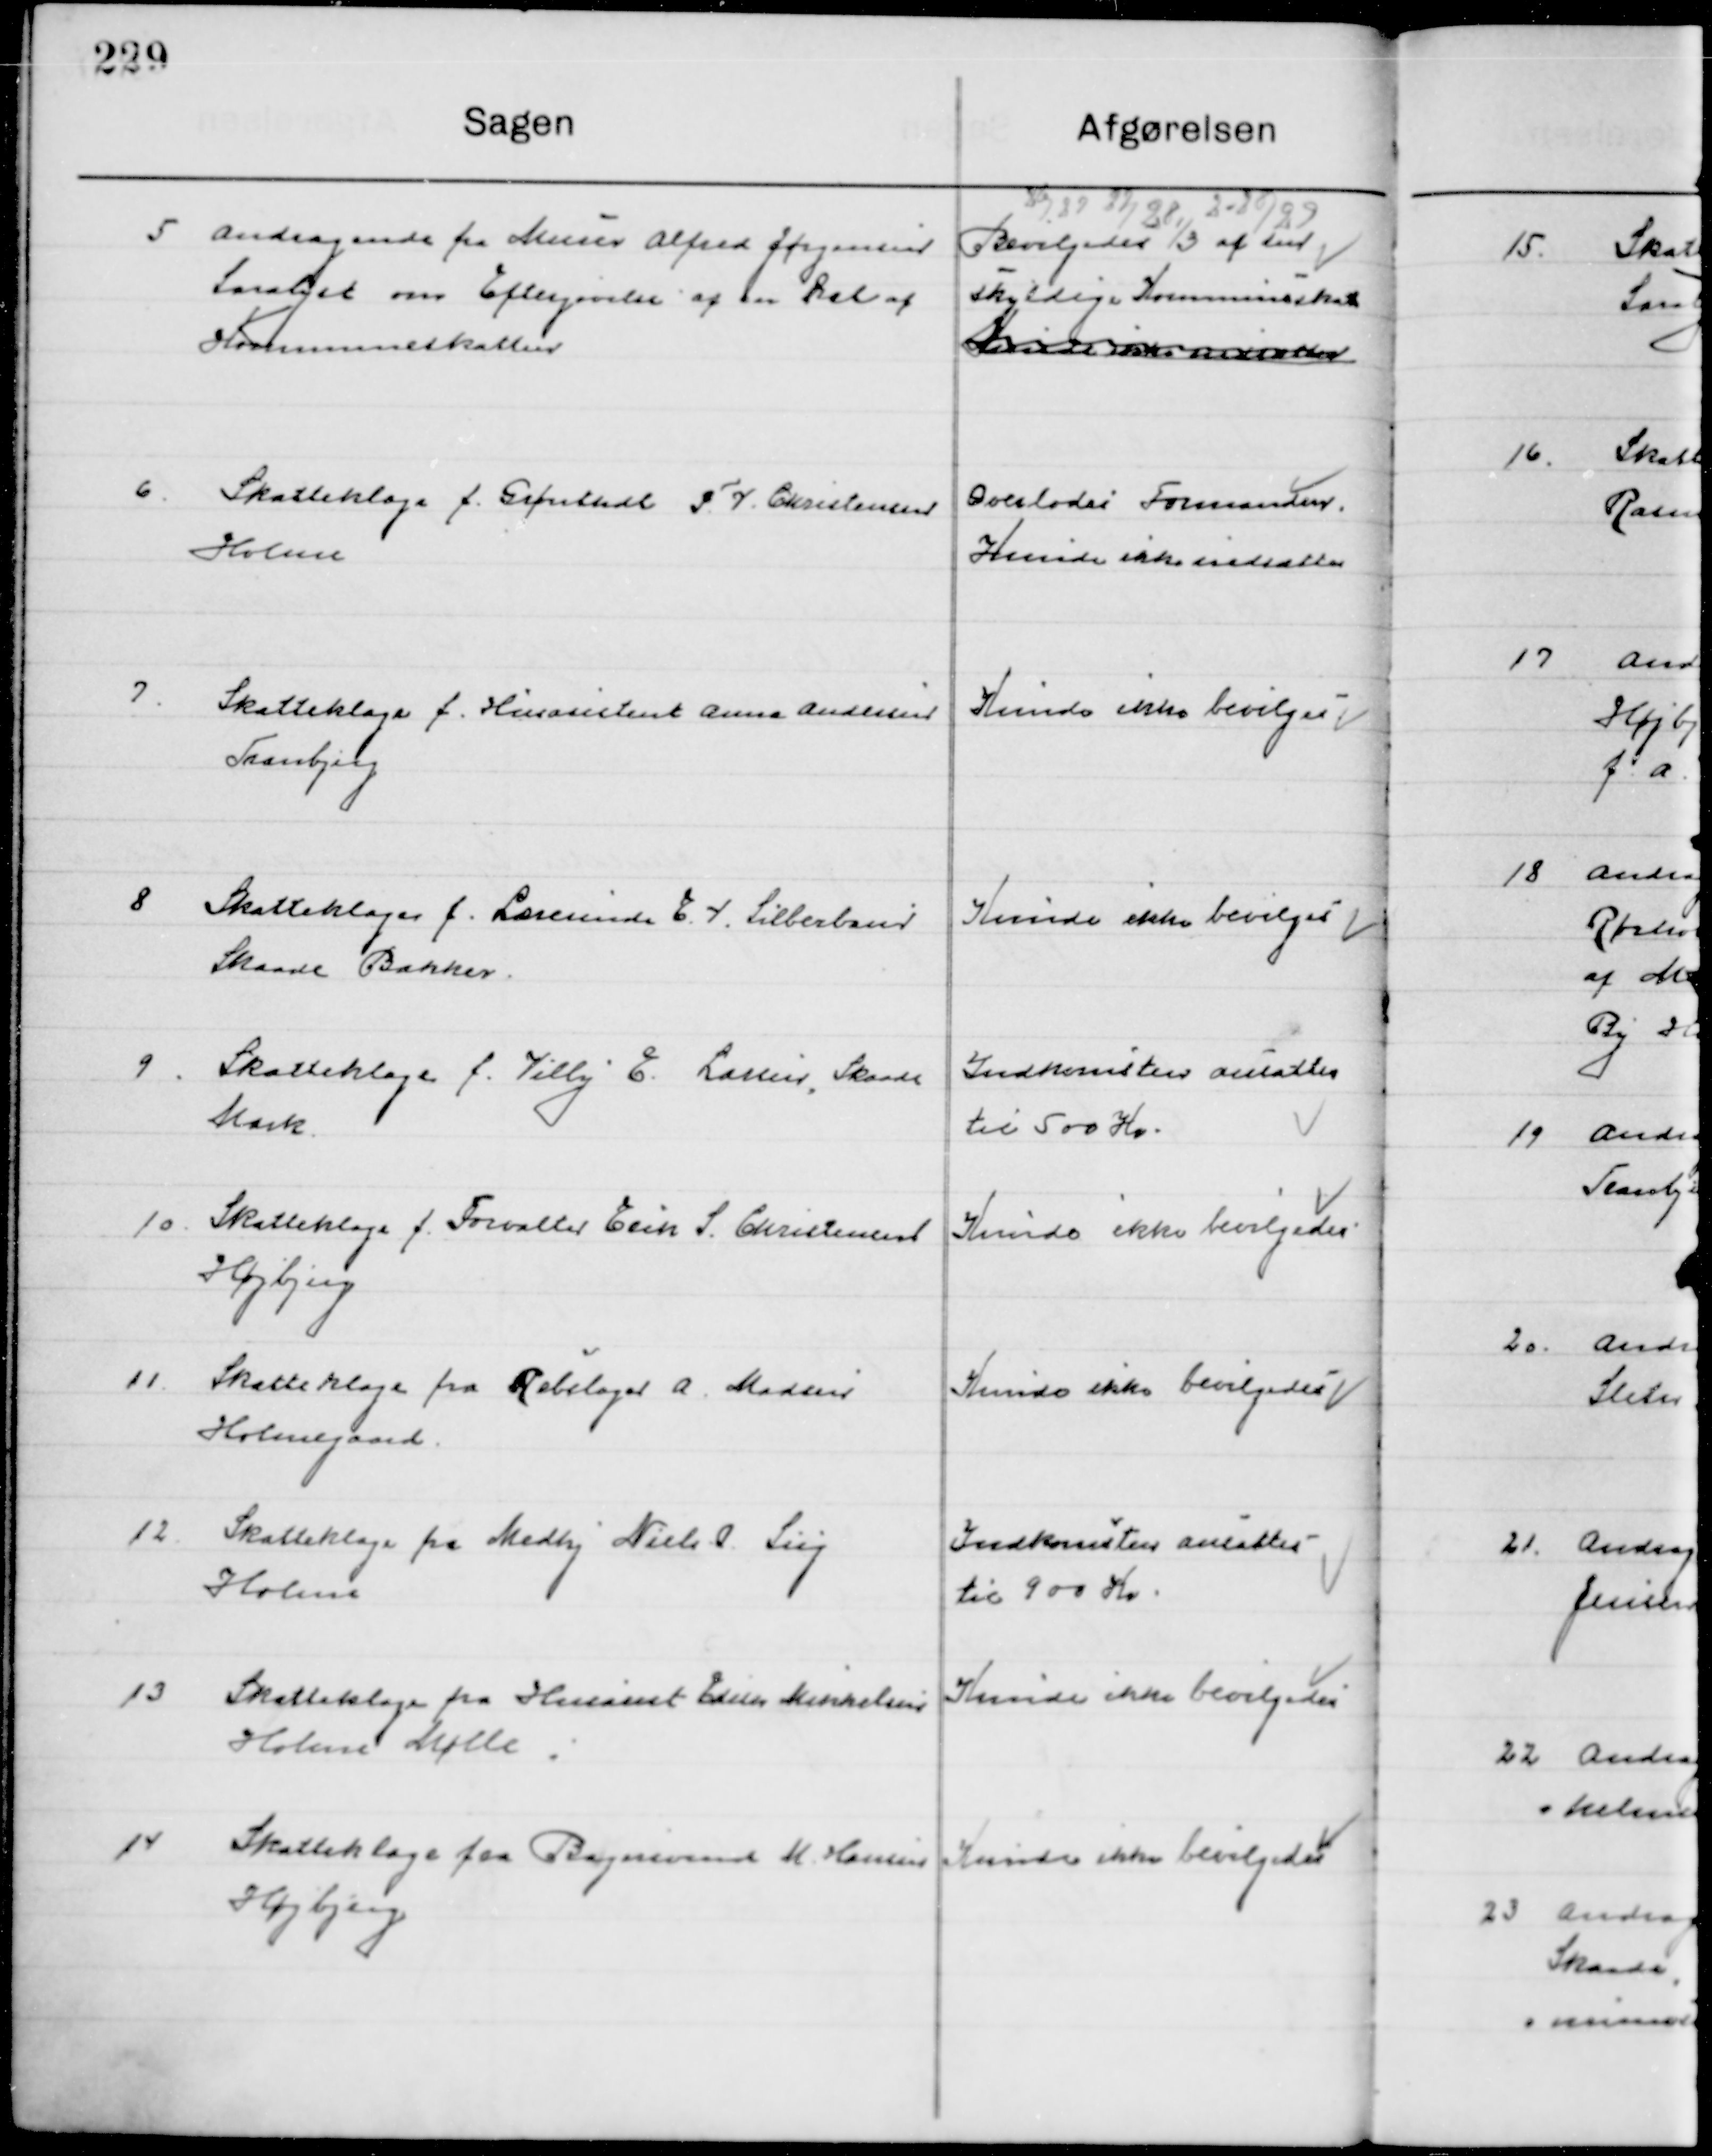
Transskription:
5

Andragende fra Murer Alfred Jørgensen
Saralyst om Eftergivelse af en Del af 
Kommuneskatten.

Bevilgedes ⅓ af den 
Skyldige Kommuneskat 
Kunde ikke ansættes

6	.

Skatteklage f. Grønthdl. P. I. Christensen
Holme

Overlodes Formanden
Kunde ikke nedsættes

7.

Skatteklage f. Husassistent Anna Andersen 
Tranbjerg

Kunde ikke bevilgedes

8

Skatteklage f. Lærerinde C. V. Silberbaur
Skaade Bakker.

Kunde ikke bevilges

9

Skatteklage f. Villy E. Larsen, Skaade
Mark.

Indkomsten ansattes
til 500 Kr.

10.

Skatteklage fra Forvalter Erik S. Christensen
Højbjerg

Kunde ikke bevilgedes

11.

Skatteklage fra Rebslager A. Madsen
Holmegaard.

Kunde ikke bevilgedes

12

Skatteklage fra Medhj. Niels P. Siig
Holme

Indkomsten ansattes
til 900 Kr.

13

Skatteklage fra Husassit Ellen Mikkelsen
Holme Mølle.

Kunde ikke bevilgedes

14

Skatteklage fra Bagersvend M. Hansen
Højbjerg

Kunde ikke bevilgedes